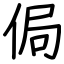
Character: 侷